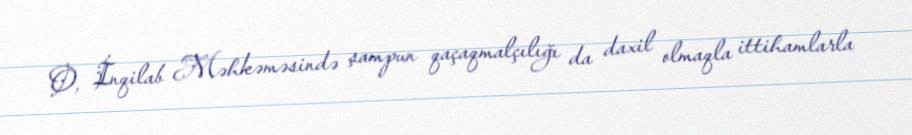
O, İnqilab Məhkəməsində şampun qaçaqmalçılığı da daxil olmaqla ittihamlarla